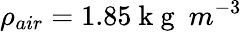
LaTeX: \rho_{air}=1.85\mathrm{~k~g~}\ m^{-3}